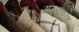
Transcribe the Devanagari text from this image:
अग्नौकरण